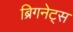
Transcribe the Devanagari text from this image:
ब्रिगनेट्स